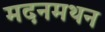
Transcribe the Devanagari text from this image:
मदनमथन